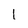
Character: 1